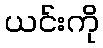
ယင်းကို